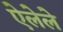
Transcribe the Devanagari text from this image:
ऐलेले